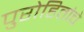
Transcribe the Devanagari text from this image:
पुरोहितांचे